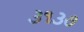
૩૧૩૭